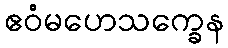
ဧဝံမဟေသက္ခေန